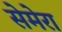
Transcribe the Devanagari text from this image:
सेमेरा